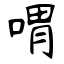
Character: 喟